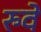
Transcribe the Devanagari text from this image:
रुवे